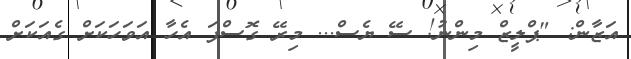
އަޒާން: "ޕްލީޒް މިންނު! ސޭ ޔެސް... މިރޭ ގޮސްފަ އެހާ އަވަހަކަށް ގެއަކަށް